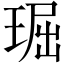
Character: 㻕